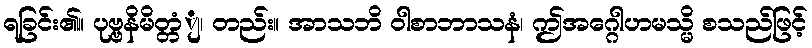
ရခြင်း၏။ ပုဗ္ဗနိမိတ္တံျ၊ တည်း။ အာသဘိ ဝါစာဘာသနံ၊ ဤအဂ္ဂေါဟမသ္မိ စသည်ဖြင့်